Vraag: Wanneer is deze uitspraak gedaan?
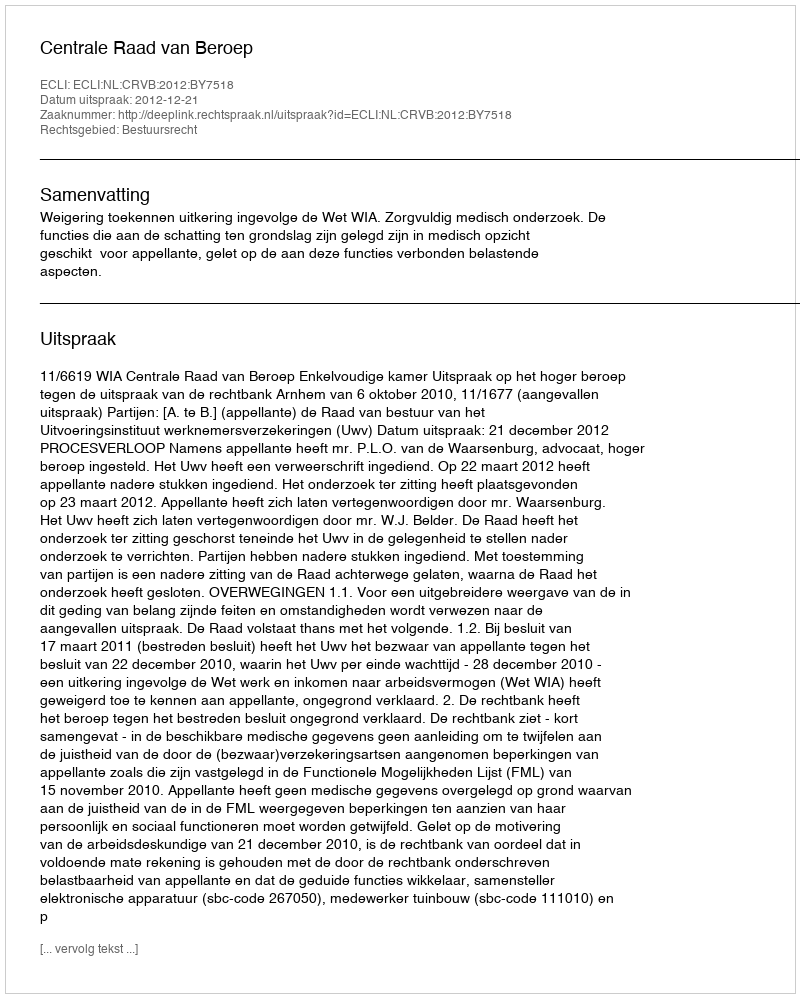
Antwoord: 2012-12-21